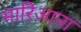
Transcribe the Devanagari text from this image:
मारिआना